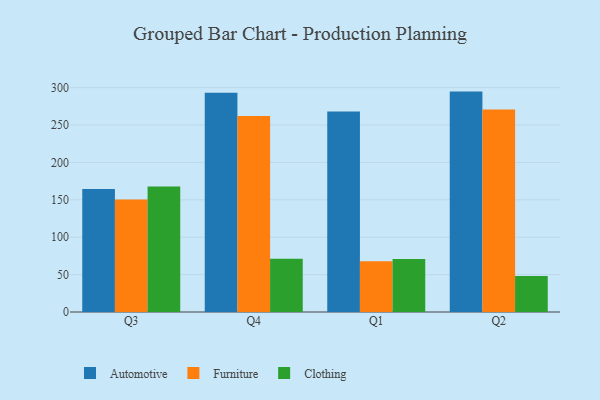
{"axis": {"x": "Quarter", "y": "Operating Costs (USD K)"}, "legend": ["Automotive", "Clothing", "Furniture"], "data": [{"x": "Q3", "y": 164.3, "type": "Automotive"}, {"x": "Q3", "y": 150.5, "type": "Furniture"}, {"x": "Q3", "y": 167.9, "type": "Clothing"}, {"x": "Q4", "y": 293.1, "type": "Automotive"}, {"x": "Q4", "y": 262.1, "type": "Furniture"}, {"x": "Q4", "y": 71.1, "type": "Clothing"}, {"x": "Q1", "y": 268.1, "type": "Automotive"}, {"x": "Q1", "y": 67.8, "type": "Furniture"}, {"x": "Q1", "y": 70.9, "type": "Clothing"}, {"x": "Q2", "y": 294.7, "type": "Automotive"}, {"x": "Q2", "y": 270.8, "type": "Furniture"}, {"x": "Q2", "y": 48.2, "type": "Clothing"}]}